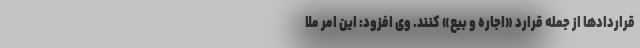
قراردادها از جمله قرارد «اجاره و بیع» کنند. وی افزود: این امر ملا